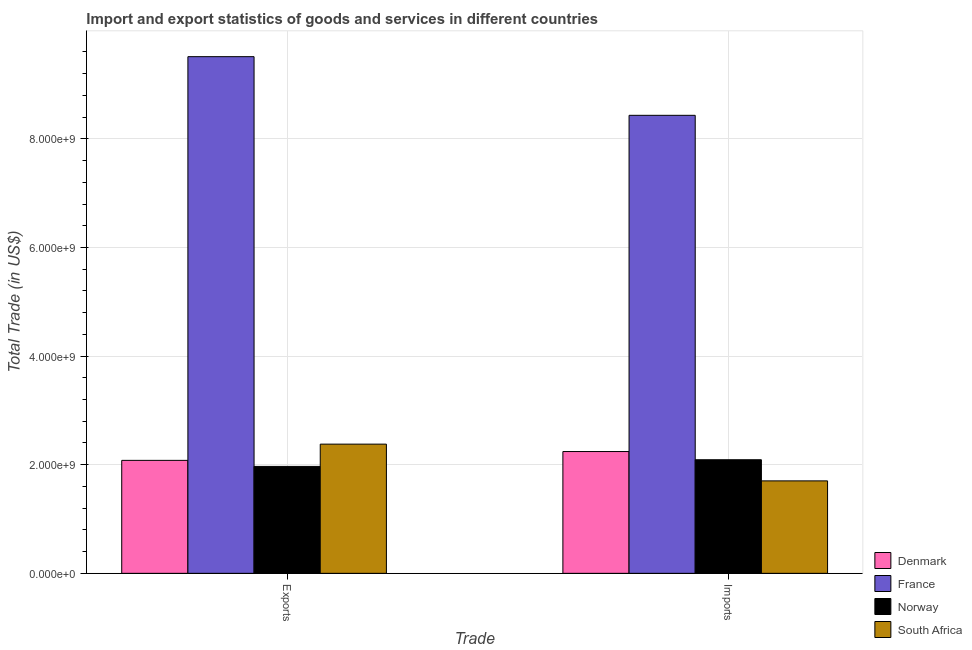
| Trade | Denmark | France | Norway | South Africa |
 | --- | --- | --- | --- | --- |
 | Exports | 2.08e+09 | 9.51e+09 | 1.97e+09 | 2.38e+09 |
 | Imports | 2.24e+09 | 8.43e+09 | 2.09e+09 | 1.7e+09 |